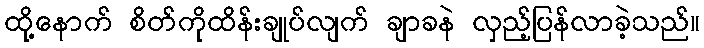
ထို့နောက် စိတ်ကိုထိန်းချုပ်လျက် ချာခနဲ လှည့်ပြန်လာခဲ့သည်။